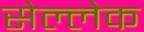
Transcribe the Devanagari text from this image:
सेल्लेक